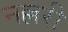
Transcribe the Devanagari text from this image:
नल्लरी